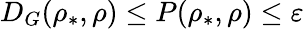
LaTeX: D_{G}(\rho_{\ast},\rho)\leq P(\rho_{\ast},\rho)\leq\varepsilon